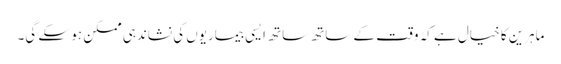
ماہرین کا خیال ہے کہ وقت کے ساتھ ساتھ ایسی بیماریوں کی نشاندہی ممکن ہو سکے گی۔